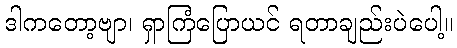
ဒါကတော့ဗျာ၊ ရှာကြံပြောယင် ရတာချည်းပဲပေါ့။